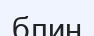
блин